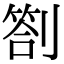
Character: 劄